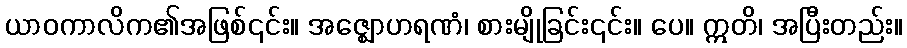
ယာဝကာလိက၏အဖြစ်၎င်း။ အဇ္ဈောဟရဏံ၊ စားမျိုခြင်း၎င်း။ ပေ။ ဣတိ၊ အပြီးတည်း။